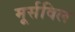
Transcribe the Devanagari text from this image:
मूर्सविल